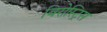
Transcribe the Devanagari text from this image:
बिरोस्ट्रिस